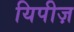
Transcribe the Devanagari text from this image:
यिपीज़